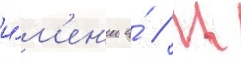
и́м'ен'и а́ // М